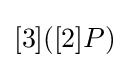
[3]([2]P)